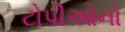
ટોપીઓનો